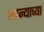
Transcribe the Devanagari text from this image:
नान्याच्या